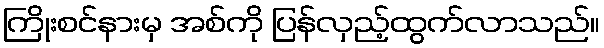
ကြိုးစင်နားမှ အစ်ကို ပြန်လှည့်ထွက်လာသည်။